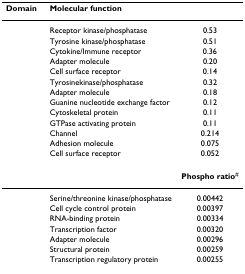
<table><thead><tr><td><b>Domain</b></td><td><b>Molecular function</b></td><td>[EMPTY_CELL]</td></tr></thead><tbody><tr><td>[EMPTY_CELL]</td><td>Receptor kinase/phosphatase</td><td>0.53</td></tr><tr><td>[EMPTY_CELL]</td><td>Tyrosine kinase/phosphatase</td><td>0.51</td></tr><tr><td>[EMPTY_CELL]</td><td>Cytokine/Immune receptor</td><td>0.36</td></tr><tr><td>[EMPTY_CELL]</td><td>Adapter molecule</td><td>0.20</td></tr><tr><td>[EMPTY_CELL]</td><td>Cell surface receptor</td><td>0.14</td></tr><tr><td>[EMPTY_CELL]</td><td>Tyrosinekinase/phosphatase</td><td>0.32</td></tr><tr><td>[EMPTY_CELL]</td><td>Adapter molecule</td><td>0.18</td></tr><tr><td>[EMPTY_CELL]</td><td>Guanine nucleotide exchange factor</td><td>0.12</td></tr><tr><td>[EMPTY_CELL]</td><td>Cytoskeletal protein</td><td>0.11</td></tr><tr><td>[EMPTY_CELL]</td><td>GTPase activating protein</td><td>0.11</td></tr><tr><td>[EMPTY_CELL]</td><td>Channel</td><td>0.214</td></tr><tr><td>[EMPTY_CELL]</td><td>Adhesion molecule</td><td>0.075</td></tr><tr><td>[EMPTY_CELL]</td><td>Cell surface receptor</td><td>0.052</td></tr><tr><td>[EMPTY_CELL]</td><td>[EMPTY_CELL]</td><td><b>Phospho ratio</b><sup>#</sup></td></tr><tr><td>[EMPTY_CELL]</td><td>Serine/threonine kinase/phosphatase</td><td>0.00442</td></tr><tr><td>[EMPTY_CELL]</td><td>Cell cycle control protein</td><td>0.00397</td></tr><tr><td>[EMPTY_CELL]</td><td>RNA-binding protein</td><td>0.00334</td></tr><tr><td>[EMPTY_CELL]</td><td>Transcription factor</td><td>0.00320</td></tr><tr><td>[EMPTY_CELL]</td><td>Adapter molecule</td><td>0.00296</td></tr><tr><td>[EMPTY_CELL]</td><td>Structural protein</td><td>0.00259</td></tr><tr><td>[EMPTY_CELL]</td><td>Transcription regulatory protein</td><td>0.00255</td></tr></tbody></table>